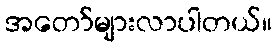
အတော်များလာပါတယ်။